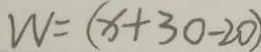
W = ( x + 3 0 - 2 0 )